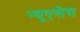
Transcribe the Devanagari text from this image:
न्यूएसेस